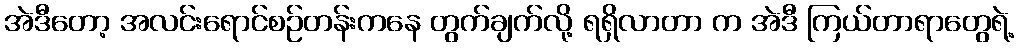
အဲဒီတော့ အလင်းရောင်စဉ်တန်းကနေ တွက်ချက်လို့ ရရှိလာတာ က အဲဒီ ကြယ်တာရာတွေရဲ့